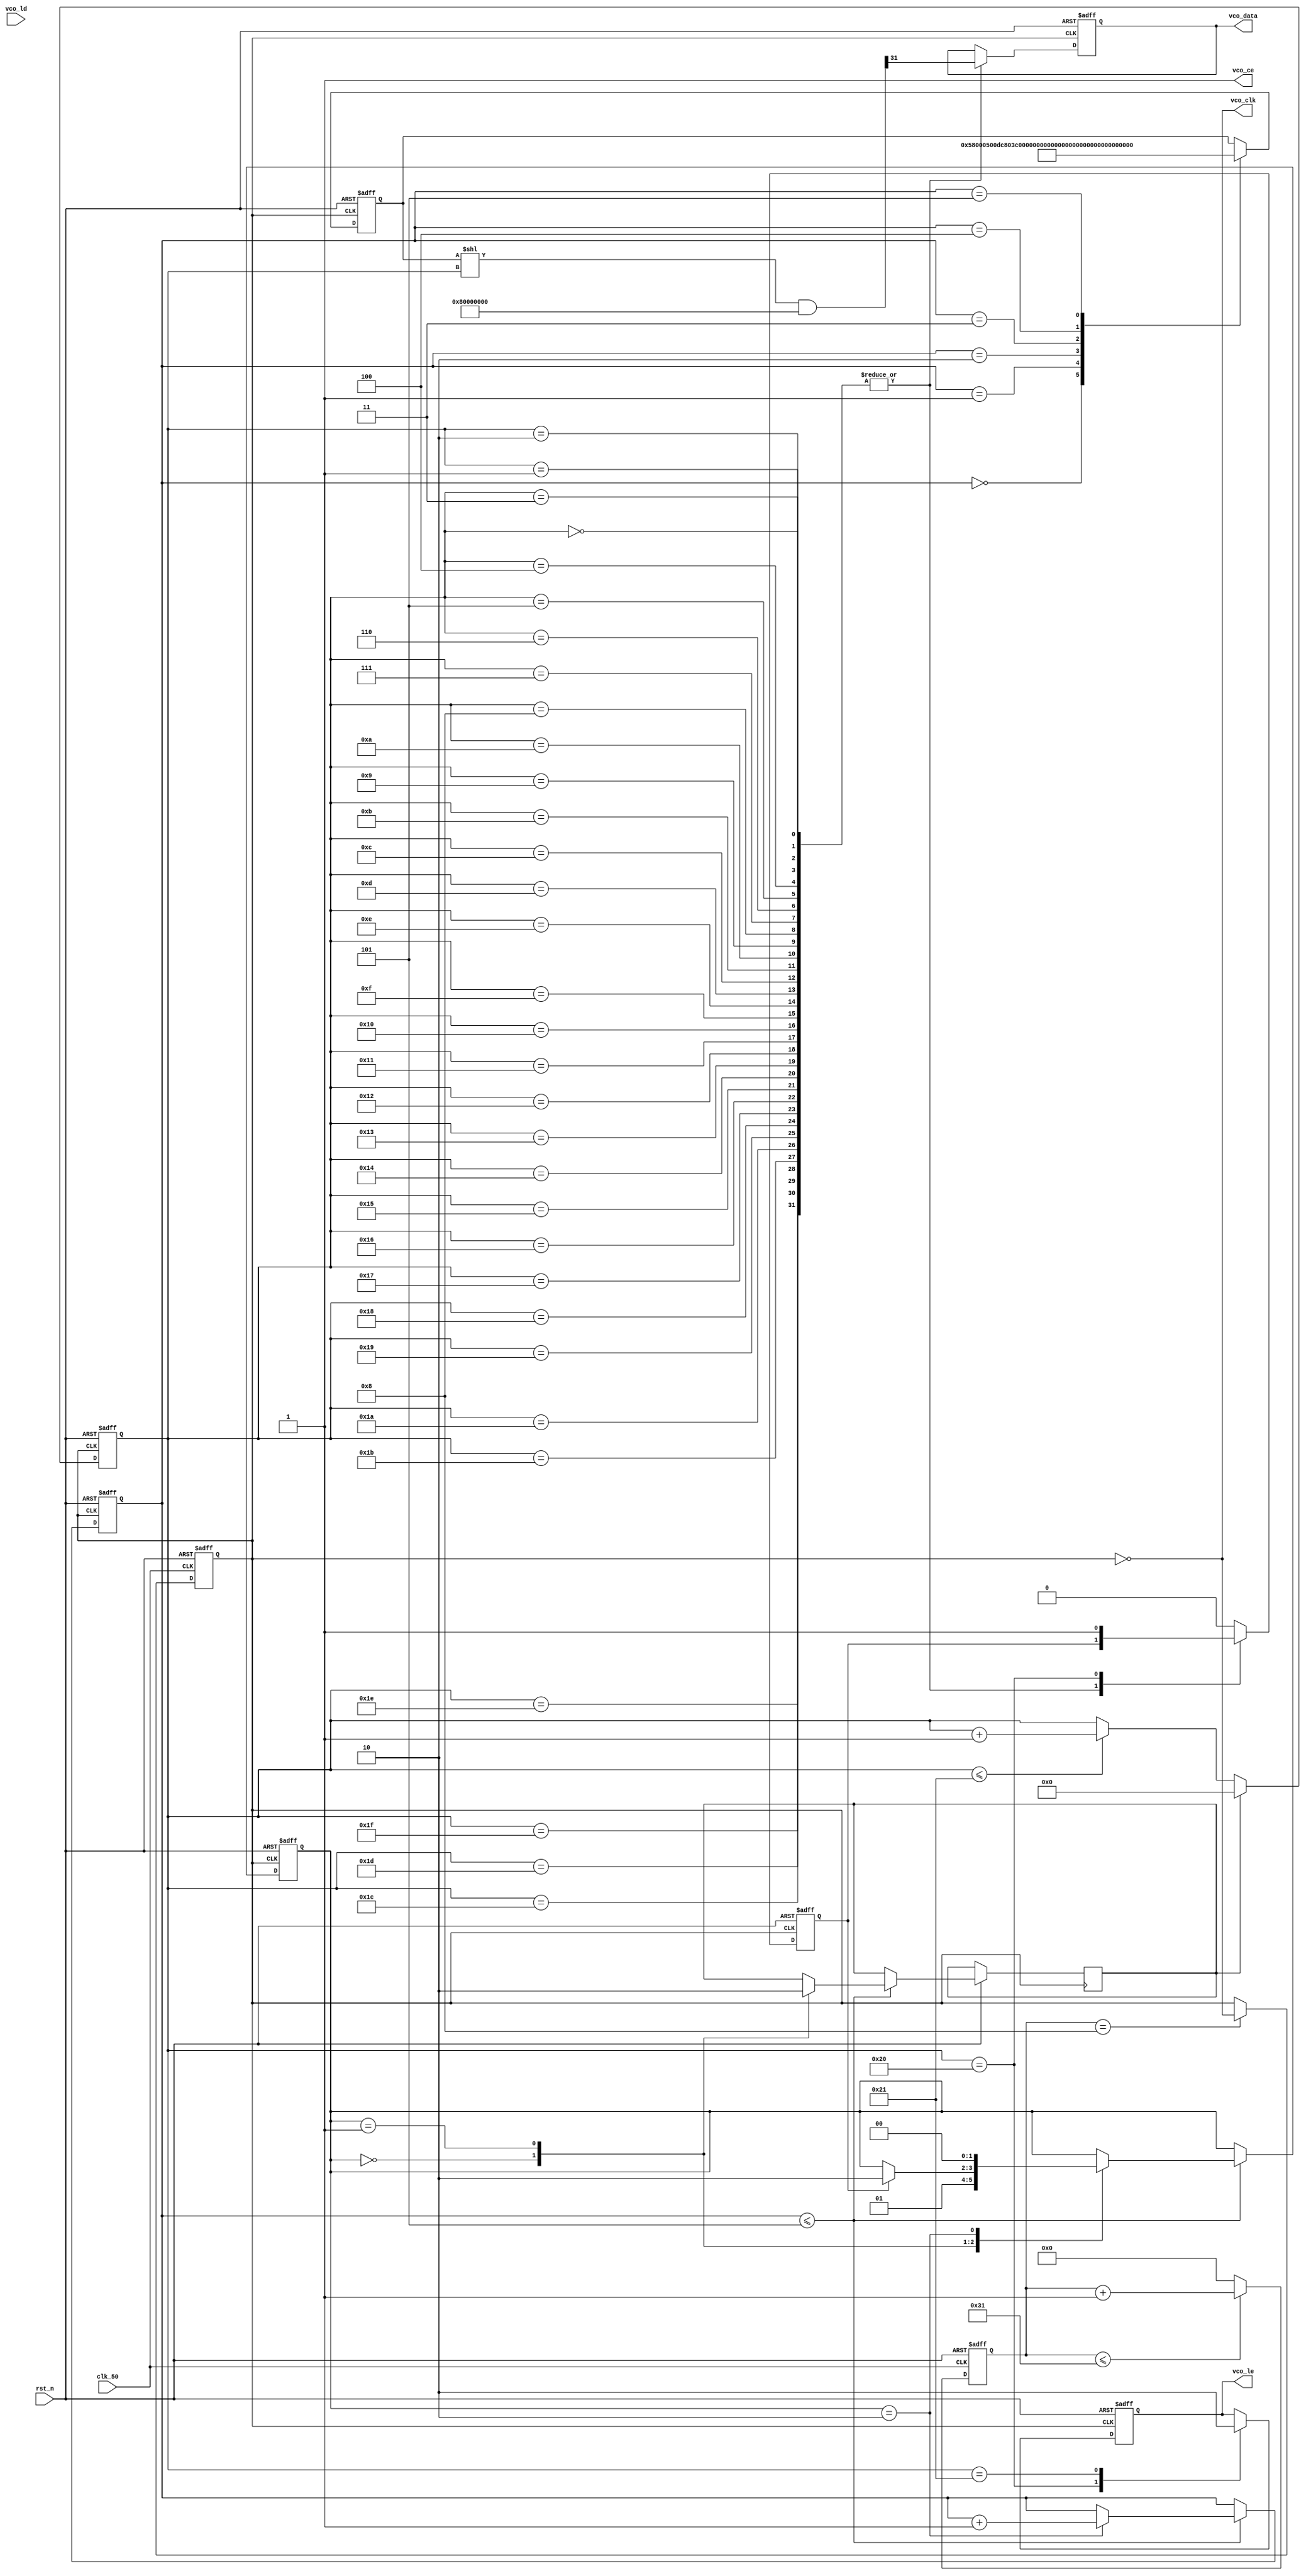
module adf4351(
		clk_50	,
		rst_n		,
		vco_clk	,
		vco_data	,
		vco_le	,
		vco_ce	,
		vco_ld	
	);

	input clk_50	;
	input rst_n		;
	input vco_ld	;		//Lock Detect Output Pin. A logic high output on this pin indicates PLL lock
	output vco_clk	;
	output reg vco_data	;
	output reg vco_le	;	//Load Enable. When LE goes high, the data stored in the 32-bit shift register is loaded into the register that is
							//selected by the three control bits. This input is a high impedance CMOS input.
	output  vco_ce	; //Chip Enable. A logic low on this pin powers down the device and puts the charge pump into three-state mode.
							//A logic high on this pin powers up the device, depending on the status of the power-down bits.
	reg[4:0]onereg_cnt;
	reg[2:0]reg_index;
	
	reg[9:0]clk_div_cnt;
	reg clk_div;
	reg [1:0]config_step;
	
	/*one register data trans control*/
	reg one_tr_st;
	reg one_tr_en;
	reg one_tr_done;
	reg [5:0]one_clk_cnt;
	reg[31:0]reg_data;

	assign vco_ce = 1'b1;
	assign vco_clk = ~clk_div;
	
	always@(posedge clk_div or negedge rst_n)
	if(!rst_n)
		one_clk_cnt <= 6'd34;
	else begin
		if(one_tr_st)
			one_clk_cnt <= 6'd0;
		else if(one_clk_cnt <= 6'd33)
			one_clk_cnt <= one_clk_cnt + 1'b1;
	end
	
	
	
	always@(posedge clk_div or negedge rst_n)
	if(!rst_n)begin
		vco_data <= 1'b0;
		vco_le <= 1'b0;
		one_tr_done <= 1'b0;
	end else case(one_clk_cnt)
	
			0,1,2,3,4,5,6,7,8,9,10,11,12,13,14,15,16,17,18,19,20,21,22,23,24,25,26,27,28,29,30,31:begin
				vco_data <= (((reg_data << one_clk_cnt)&32'h8000_0000)>>31);
			end
			
			32: begin
					vco_le <= 1'b1;
					one_tr_done <= 1'b1;
				end
			33:begin
					vco_le <= 1'b0;
					one_tr_done <= 1'b0;			
				end
				
			default: 
				one_tr_done <= 1'b0;	
	endcase


		
	always@(posedge clk_50 or negedge rst_n)
	if(!rst_n)
		clk_div_cnt <= 10'd0;
	else if(clk_div_cnt <= 10'd49)
		clk_div_cnt <= clk_div_cnt + 1'b1;
	else
		clk_div_cnt <= 10'd0;
		
	/*VCO data clock*/
	always@(posedge clk_50 or negedge rst_n)
	if(!rst_n)
		clk_div <= 1'd0;
	else if(clk_div_cnt == 10'd8)
		clk_div <= ~clk_div;

	always@(posedge clk_div or negedge rst_n)
	if(!rst_n)begin
		reg_index <= 3'b0;
		config_step <= 2'd0;
	end else if(reg_index <= 3'd5 )begin
		case (config_step)
			0:begin
					config_step <= 2'b1;
					one_tr_st <= 1'b1;
			end
			
			1:begin
					one_tr_st <= 1'b0;
				
					if(one_tr_done)
						config_step <= 2'd2; 	
			end
			
			2:begin
					reg_index <= reg_index + 1'b1;
					config_step <= 2'b0;
			end
		endcase
	end
	
	always@(posedge clk_div or negedge rst_n)
	if(!rst_n)
		reg_data <= 32'd0;
	else case(reg_index)
///*90.9M*/
//		0: reg_data <= 32'h00580005;
//		1:	reg_data <= 32'hDC803C;
//		2:	reg_data <= 32'h4B3;
//		3:	reg_data <= 32'h1004E42;
//		4:	reg_data <= 32'h80083E9;
//		5:	reg_data <= 32'h3A0160;
//
///*82.2M*/
//		0: reg_data <= 32'h00580005;
//		1:	reg_data <= 32'hDC803C;
//		2:	reg_data <= 32'h4B3;
//		3:	reg_data <= 32'h1004E42;
//		4:	reg_data <= 32'h80083E9;
//		5:	reg_data <= 32'h3480D8;
//
///*78M*/
//		0: reg_data <= 32'h00580005;
//		1:	reg_data <= 32'hDC803C;
//		2:	reg_data <= 32'h4B3;
//		3:	reg_data <= 32'h1004E42;
//		4:	reg_data <= 32'h80080C9;
//		5:	reg_data <= 32'h3180A8;

/*100M*/
		0: reg_data <= 32'h00580005;
		1:	reg_data <= 32'hDC803C;
		2:	reg_data <= 32'h4B3;
		3:	reg_data <= 32'h1004E42;
		4:	reg_data <= 32'h8008011;
		5:	reg_data <= 32'h400000;
		
	
/*77.4M*/
//		0: reg_data <= 32'h00580005;
//		1:	reg_data <= 32'hDC803C;
//		2:	reg_data <= 32'h4B3;
//		3:	reg_data <= 32'h1004E42;
//		4:	reg_data <= 32'h80083E9;
//		5:	reg_data <= 32'h318048;	
		
/*75M*/
//		0: reg_data <= 32'h580005;
//		1:	reg_data <= 32'hDC803C;
//		2:	reg_data <= 32'h4B3;
//		3:	reg_data <= 32'h1004E42;
//		4:	reg_data <= 32'h8008011;
//		5:	reg_data <= 32'h300000;	



/*82.4M*/
//		0: reg_data <= 32'h00580005;
//		1:	reg_data <= 32'hDC803C;
//		2:	reg_data <= 32'h4B3;
//		3:	reg_data <= 32'h1004E42;
//		4:	reg_data <= 32'h80083E9;
//		5:	reg_data <= 32'h3481D8;


	endcase	
	
endmodule